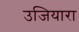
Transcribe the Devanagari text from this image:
उजियारा